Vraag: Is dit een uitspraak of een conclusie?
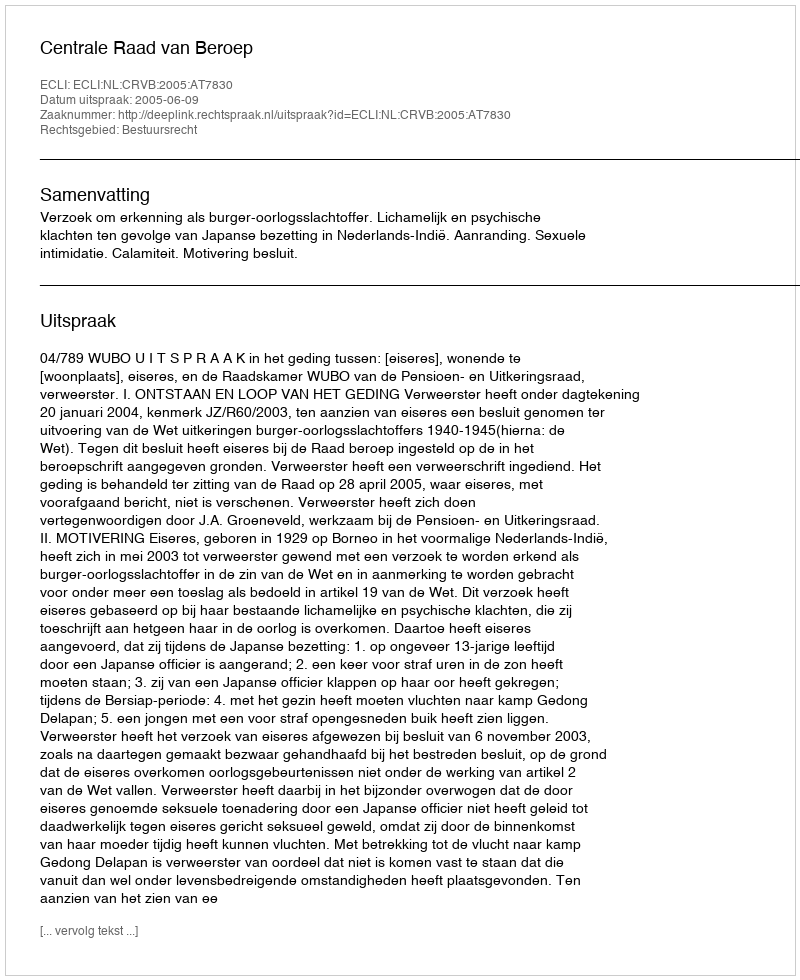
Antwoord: Uitspraak